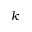
k